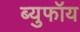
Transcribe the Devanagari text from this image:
ब्युफॉय